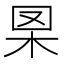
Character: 𦊧